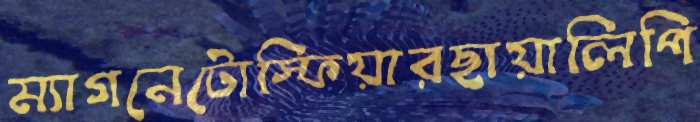
ম্যাগনেটোস্ফিয়ারছায়ালিপি